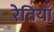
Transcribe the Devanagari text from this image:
रेतियाँ